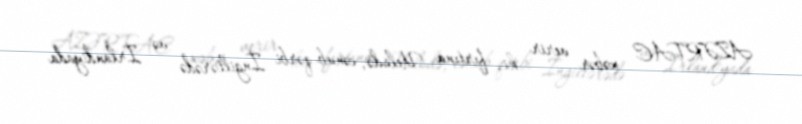
AZƏRTAC xəbər verir ki, fırtına Uelsdə, cənub-qərbi İngiltərədə və İrlandiyada